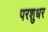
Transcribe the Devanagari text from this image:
परशुधर